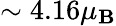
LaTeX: \sim{4.16}\mu_{\mathbf{B}}